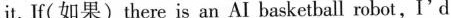
it. If(如果)there is an AI basketball robot,I'd